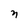
Character: n